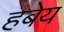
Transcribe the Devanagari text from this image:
हबेय